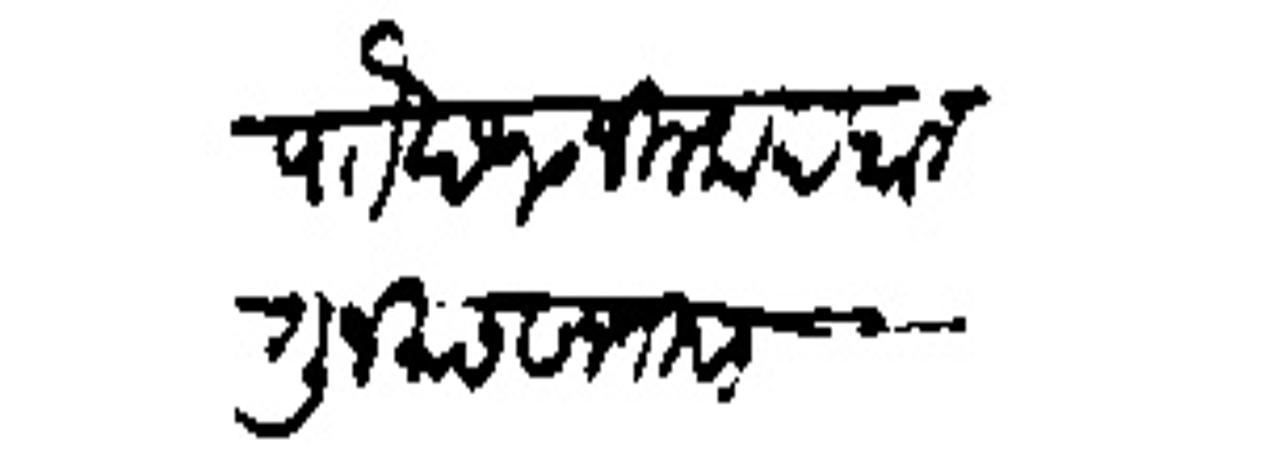
Transliteration (Devanagari): पोर छ १० जिलकाद फालगुन मास सन तिसा